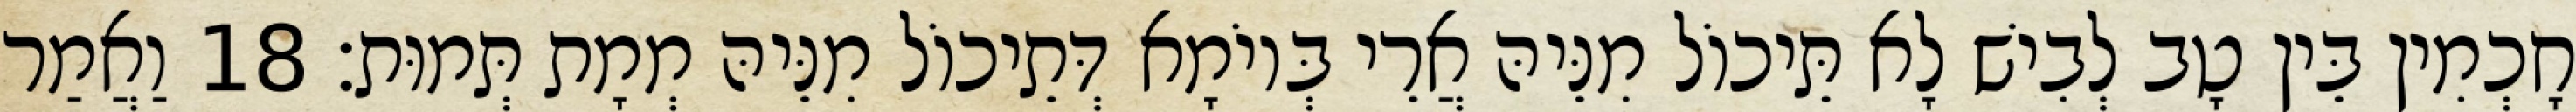
חָכְמִין בֵּין טָב לְבִישׁ לָא תֵּיכוֹל מִנֵּיהּ אֲרֵי בְּיוֹמָא דְּתֵיכוֹל מִנֵּיהּ מְמָת תְּמוּת׃ 18 וַאֲמַר